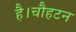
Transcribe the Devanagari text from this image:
है।चौहटन